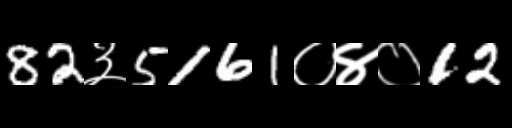
Text: 82३5161०४०12